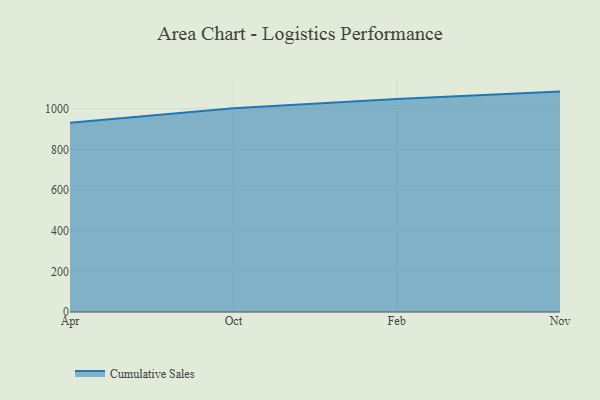
{"axis": {"x": "Month", "y": "Shipments"}, "legend": ["Cumulative Sales"], "data": [{"x": "Apr", "y": 931.7, "type": "Cumulative Sales"}, {"x": "Oct", "y": 1003.3, "type": "Cumulative Sales"}, {"x": "Feb", "y": 1047.9, "type": "Cumulative Sales"}, {"x": "Nov", "y": 1084.7, "type": "Cumulative Sales"}]}